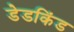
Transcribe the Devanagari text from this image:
डेडकिंड